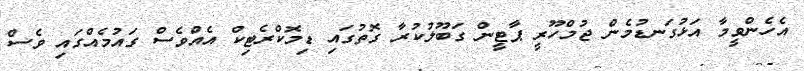
އެހެންވީމާ އަޅުގަނޑުމެން ޖުމްހޫރީ ޕާޓީން ގަބޫލުކުރާ ގޮތުގައި ޑިމޮކްރެޓިކް އެއްވެސް ގައުމެއްގައި ވެސް